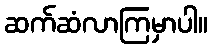
ဆက်ဆံလာကြမှာပါ။